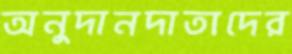
অনুদানদাতাদের